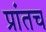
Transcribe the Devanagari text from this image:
प्रांतच